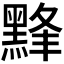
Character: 𱋸